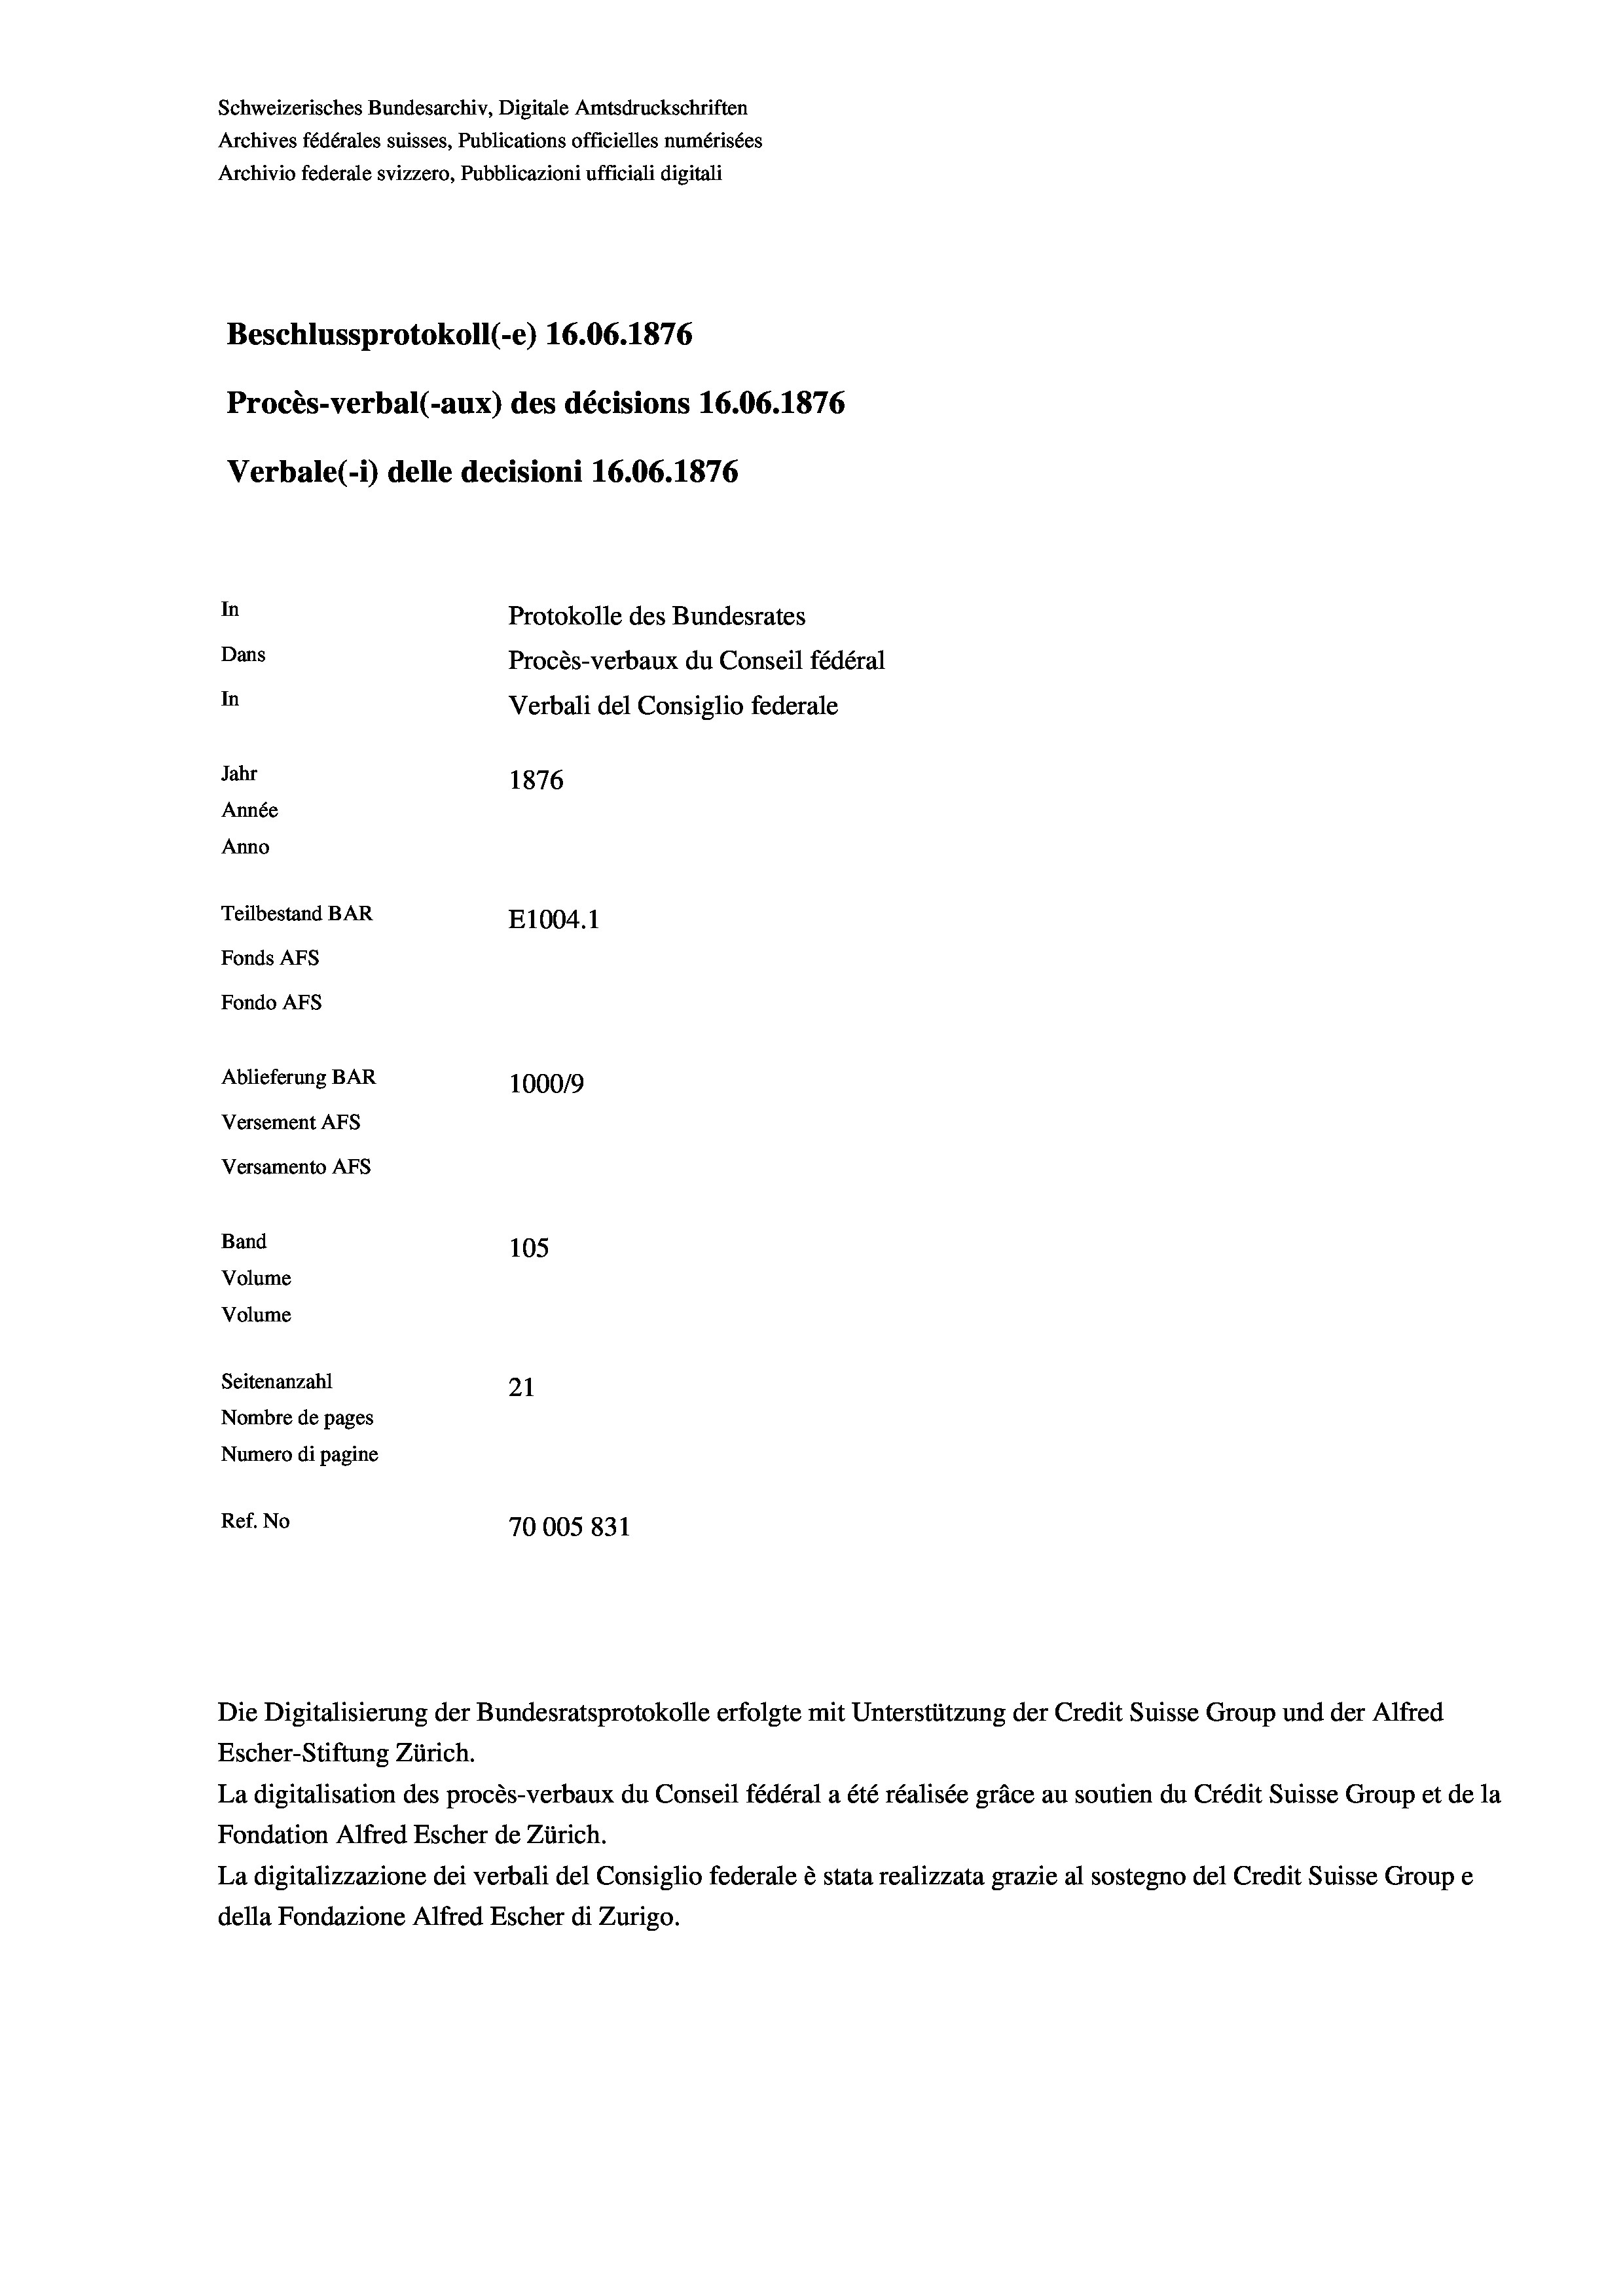
Schweizerisches Bundesarchiv, Digitale Amtsdruckschriften
Archives fédérales suisses, Publications officielles numérisées
Archivio federale svizzero, Pubblicazioni ufficiali digitali
Beschlussprotokoll (-e) 16.06. 1876
Procès-verbal (-aux) des décisions 16.06. 1876
Verbale (-*) delle decisioni 16.06. 1876
In
Protokolle des Bundesrates
Dans
Procès-verbaux du Conseil fédéral
In
Verbali del Consiglio federale
Jahr
1876
Année
Anno
Teilbestand BAR
E1004. 1
Fonds AFs
Fondo AFs
Ablieferung BAR
1000/9
Versement Abs

Versamento Afs
Band
Volume
Volume

105
Seitenanzahl
21
Nombre de pages
Numero di pagine
Ref. No
70005 831

Escher-Stiftung Zürich.
La digitalisation des procès-verbaux du Conseil fédéral a été réalisée gräce au soutien du Crédit Suisse Group et de la
Fondation Alfred Escher de Zürich.
La digitalizzazione dei verbali del Consiglio federale è stata realizzata grazie al sostegno del Credit Suisse Groupe
della Fondazione Alfred Escher di Zurigo.

Die Digitalisierung der Bundesratsprotokolle erfolgte mit Unterstützung der Credit Suisse Group und der Alfred